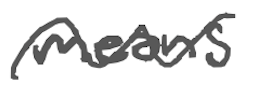
Text: means
Cross-out: wave
Writing tool: digital_gray